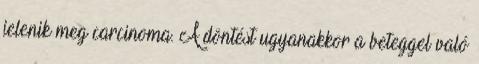
jelenik meg carcinoma. A döntést ugyanakkor a beteggel való